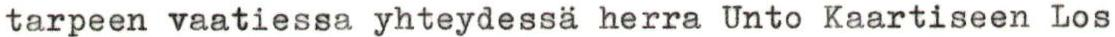
tarpeen vaatiessa yhteydessä herra Unto Kaartiseen Los